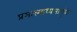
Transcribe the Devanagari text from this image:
प्रसारमाध्यमांमुळे